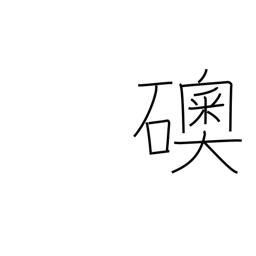
Meaning: jewel